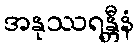
အနုဿရန္တီနံ